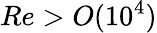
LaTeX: Re>O(10^{4})